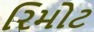
રિમોટ